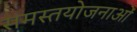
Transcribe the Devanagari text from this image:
समस्तयोजनाओं